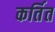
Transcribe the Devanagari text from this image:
कर्तित